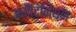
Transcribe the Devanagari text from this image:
अर्जेंटिनियन